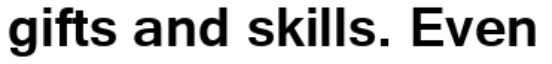
gifts and skills. Even